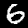
Label: 6